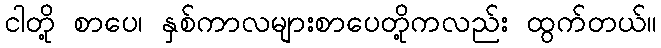
ငါတို့ စာပေ၊ နှစ်ကာလများစာပေတို့ကလည်း ထွက်တယ်။